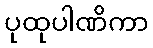
ပုထုပါဏိကာ